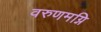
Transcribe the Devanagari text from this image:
वरुणमग्नि